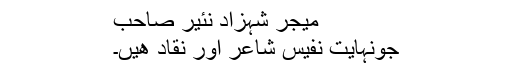
میجر شہزاد نئیر صاحب
جونہایت نفیس شاعر اور نقاد ھیں۔